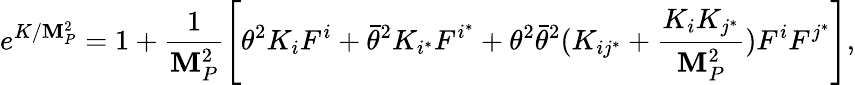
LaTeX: e^{K/\mathbf{M}_{P}^{2}}=1+\frac{{1}}{{\mathbf{M}_{P}^{2}}}\left[\theta^{2}K_{i}F^{i}+\bar{{\theta}}^{2}K_{i^{*}}F^{i^{*}}+\theta^{2}\bar{{\theta}}^{2}(K_{ij^{*}}+\frac{{K_{i}K_{j^{*}}}}{{\mathbf{M}_{P}^{2}}})F^{i}F^{j^{*}}\right],